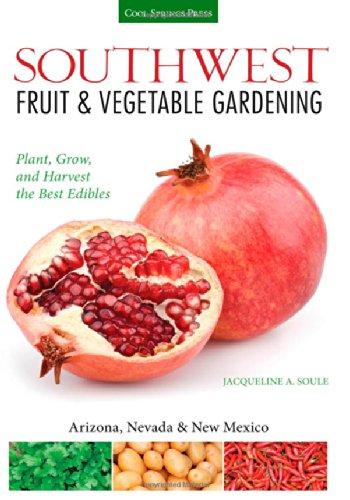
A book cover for Southwest Fruit & Vegetable Gardening: Plant, Grow, and Harvest the Best Edibles - Arizona, Nevada & New Mexico (Fruit & Vegetable Gardening Guides); Jacqueline Soule; Crafts, Hobbies & Home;